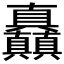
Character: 𰦌